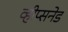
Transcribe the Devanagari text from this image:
व्हीप्सनेड